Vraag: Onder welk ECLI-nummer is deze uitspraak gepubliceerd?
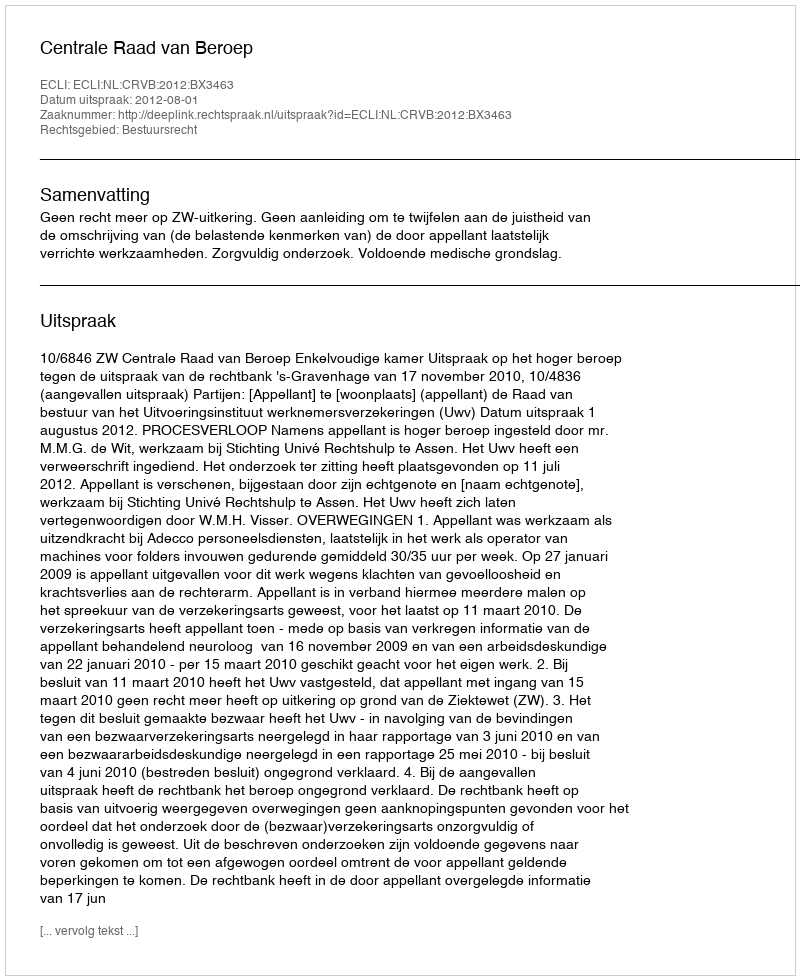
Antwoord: ECLI:NL:CRVB:2012:BX3463